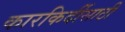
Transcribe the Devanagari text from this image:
कारकिर्दीसाठी